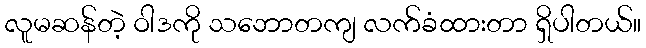
လူမဆန်တဲ့ ဝါဒကို သဘောတကျ လက်ခံထားတာ ရှိပါတယ်။